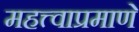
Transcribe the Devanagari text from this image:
महत्त्वाप्रमाणे